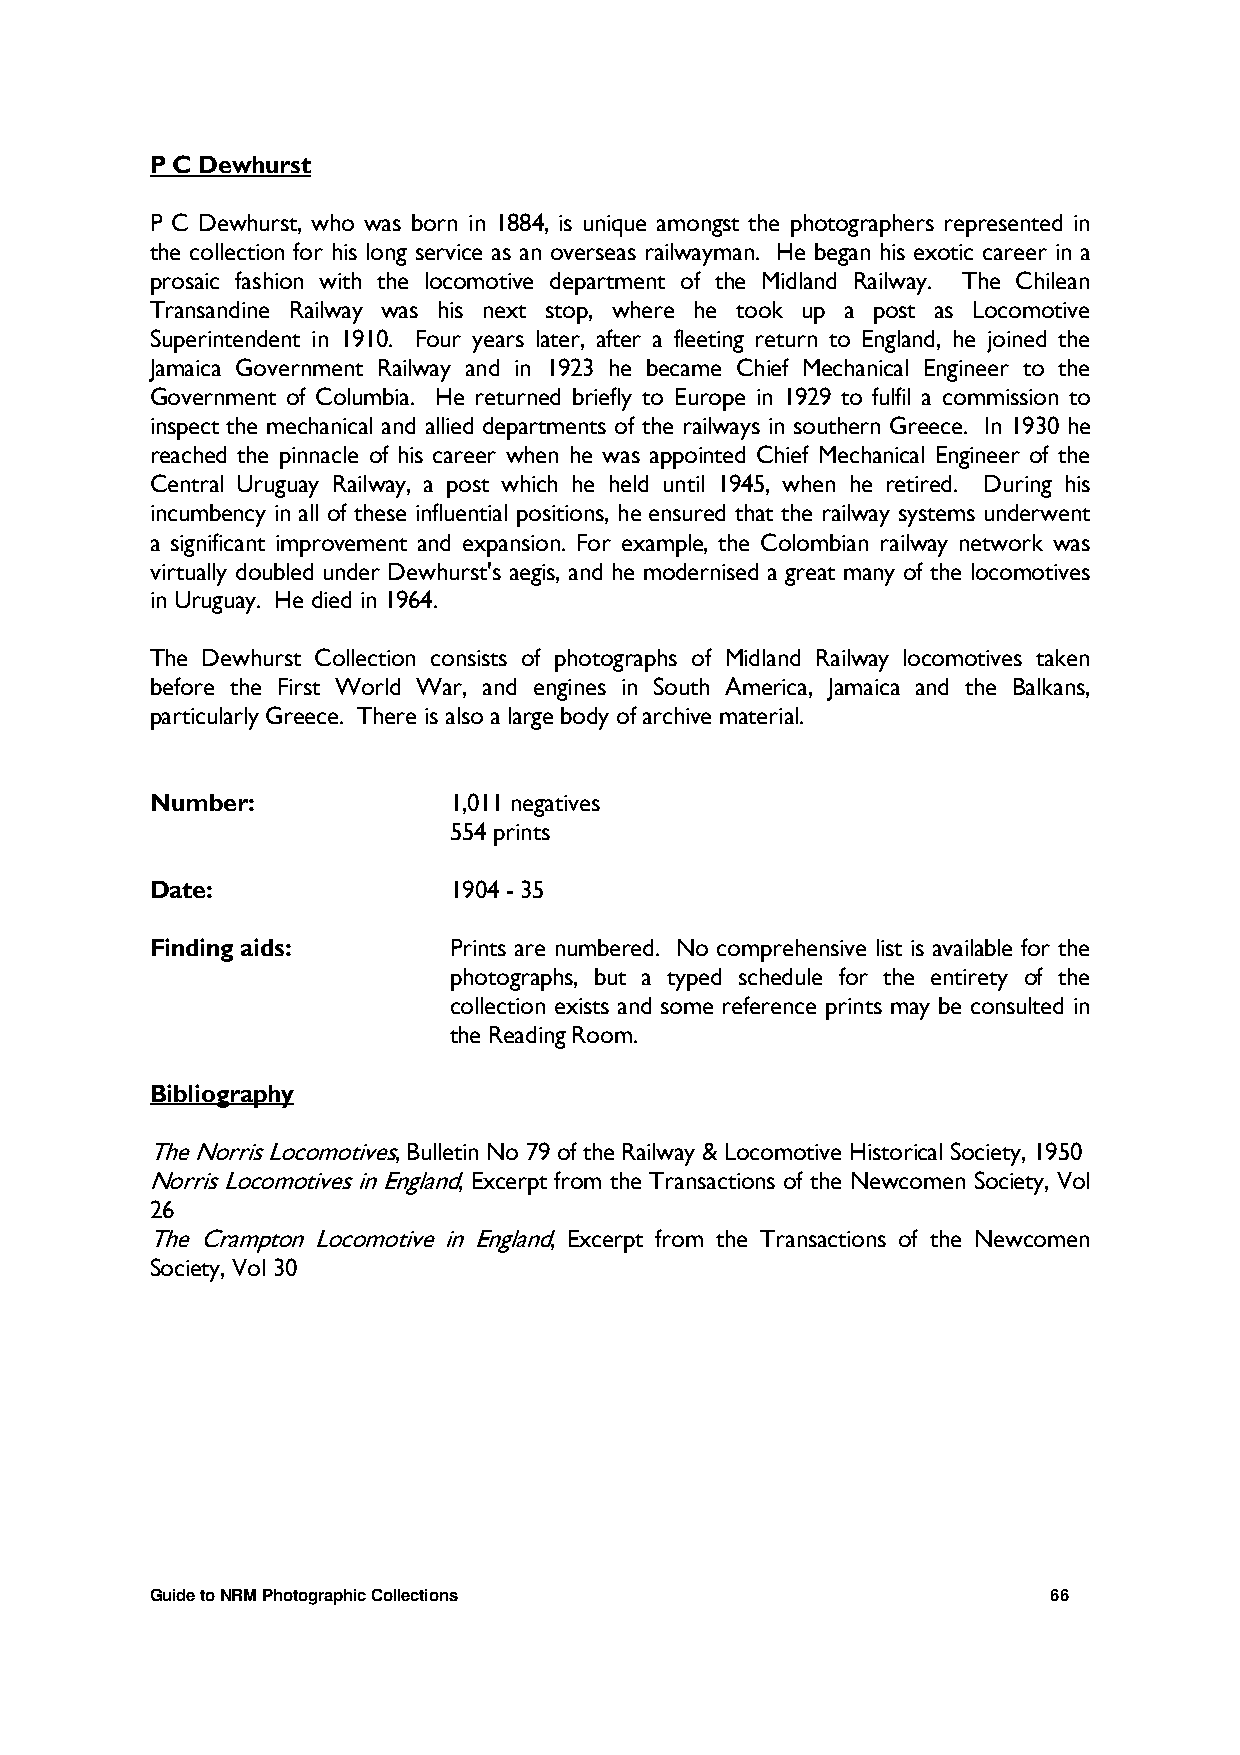
P C Dewhurst
 P C Dewhurst, who was born in 1884, is unique amongst the photographers represented in
 the collection for his long service as an overseas railwayman. He began his exotic career in a
 prosaic fashion with the locomotive department of the Midland Railway. The Chilean
 Transandine Railway was his next stop, where he took up a post as Locomotive
 Superintendent in 1910. Four years later, after a fleeting return to England, he joined the
 Jamaica Government Railway and in 1923 he became Chief Mechanical Engineer to the
 Government of Columbia. He returned briefly to Europe in 1929 to fulfil a commission to
 inspect the mechanical and allied departments of the railways in southern Greece. In 1930 he
 reached the pinnacle of his career when he was appointed Chief Mechanical Engineer of the
 Central Uruguay Railway, a post which he held until 1945, when he retired. During his
 incumbency in all of these influential positions, he ensured that the railway systems underwent
 a significant improvement and expansion. For example, the Colombian railway network was
 virtually doubled under Dewhurst's aegis, and he modernised a great many of the locomotives
 in Uruguay. He died in 1964.
 The Dewhurst Collection consists of photographs of Midland Railway locomotives taken
 before the First World War, and engines in South America, Jamaica and the Balkans,
 particularly Greece. There is also a large body of archive material.
 Number:             1,011 negatives
 554 prints
 Date:               1904 - 35
 Finding aids:       Prints are numbered. No comprehensive list is available for the
 photographs, but a typed schedule for the entirety of the
 collection exists and some reference prints may be consulted in
 the Reading Room.
 Bibliography
 The Norris Locomotives, Bulletin No 79 of the Railway & Locomotive Historical Society, 1950
 Norris Locomotives in England, Excerpt from the Transactions of the Newcomen Society, Vol
 26
 The Crampton Locomotive in England, Excerpt from the Transactions of the Newcomen
 Society, Vol 30
 Guide to NRM Photographic Collections                       66